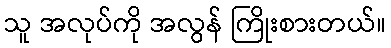
သူ အလုပ်ကို အလွန် ကြိုးစားတယ်။